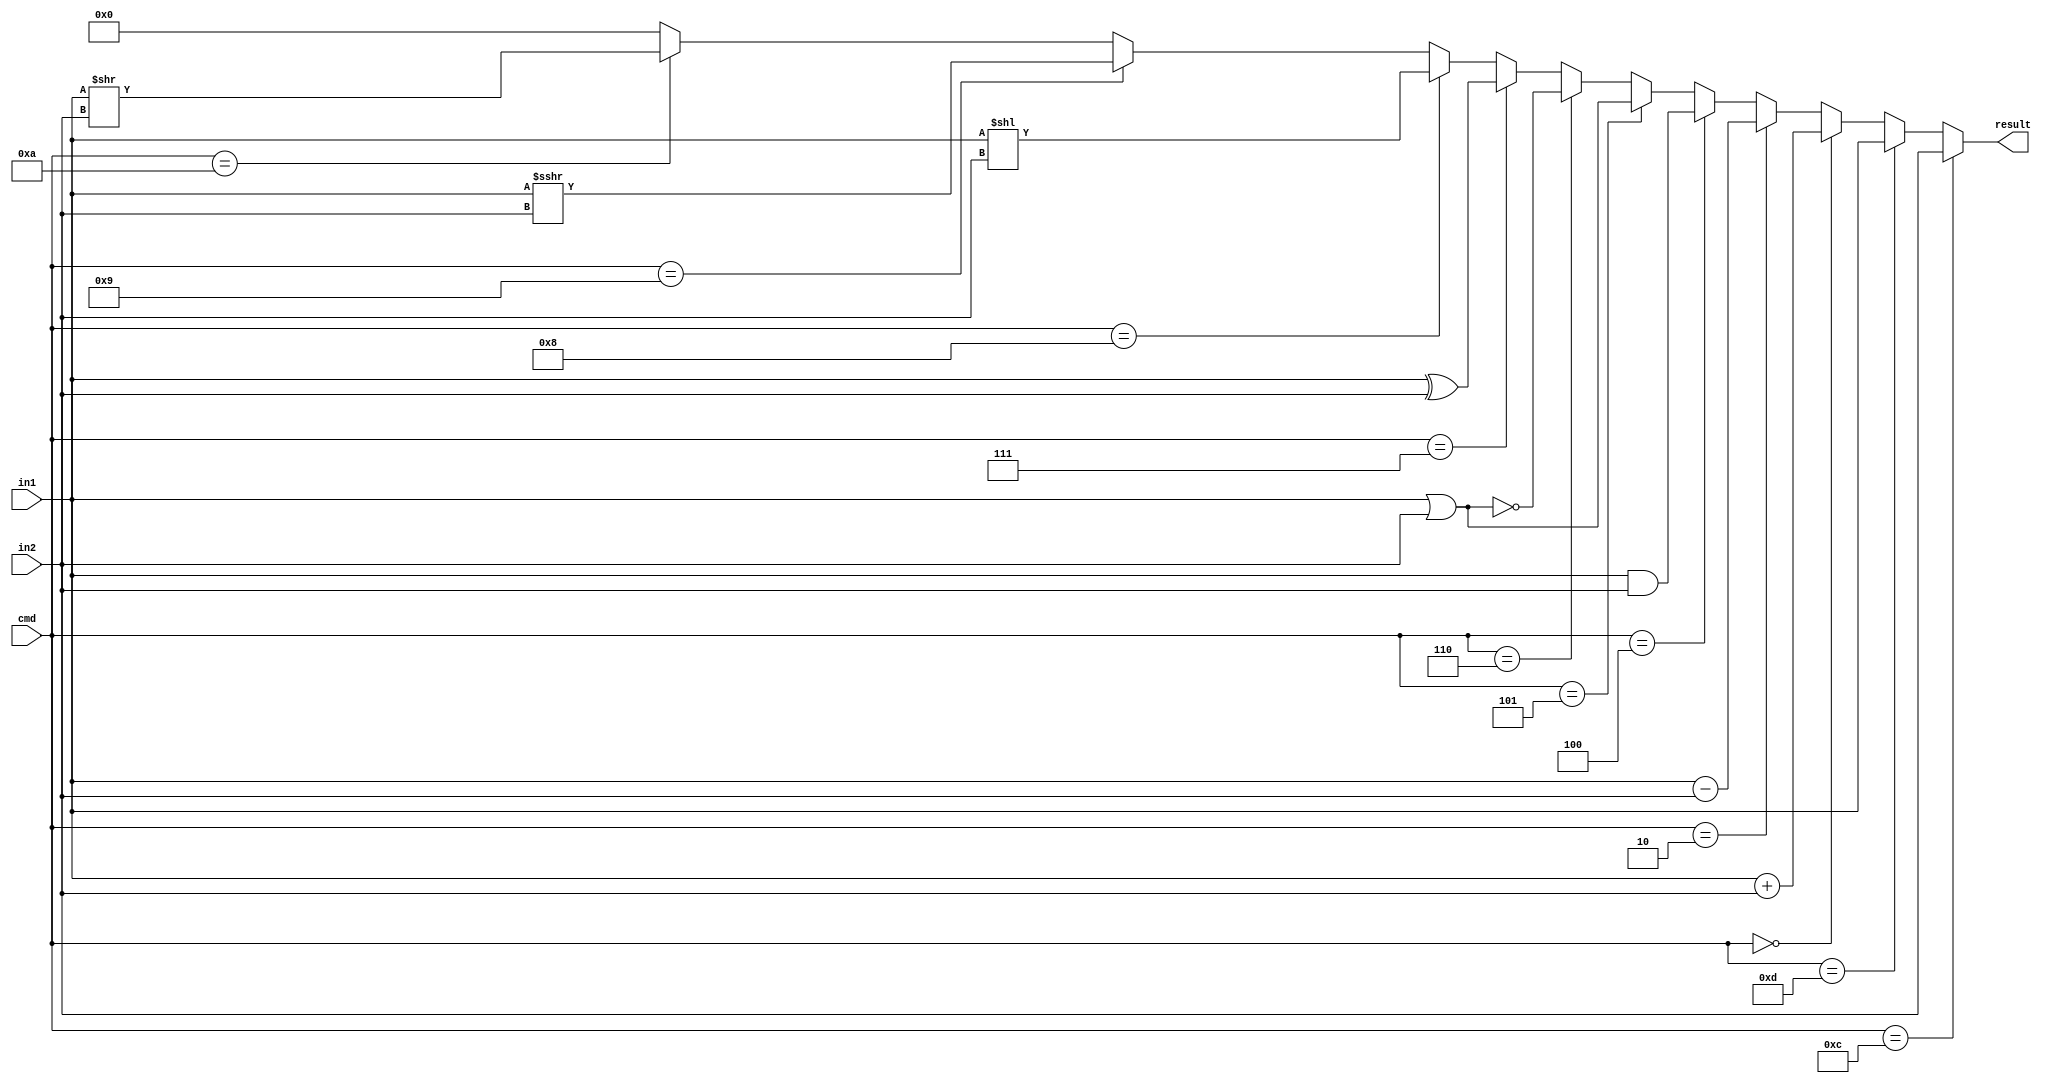
module ALU(
    input [31:0] in1,
    input [31:0] in2,
    input [3:0] cmd,
    
    output [31:0] result
);
    assign result = (cmd==4'b1100) ? in2 :
                    (cmd==4'b1101) ? in1 :
                    (cmd==4'b0000) ? in1 + in2 :
                    (cmd==4'b0010) ? in1 - in2 :
                    (cmd==4'b0100) ? in1 & in2 :
                    (cmd==4'b0101) ? in1 | in2 :
                    (cmd==4'b0110) ? ~(in1 | in2) :
                    (cmd==4'b0111) ? in1 ^ in2 :
                    (cmd==4'b1000) ? in1 << in2 :
                    (cmd==4'b1001) ? $signed($signed(in1) >>> in2) :
                    (cmd==4'b1010) ? in1 >> in2 :

                    32'b0;
endmodule